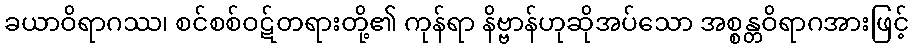
ခယာဝိရာဂဿ၊ စင်စစ်ဝဋ်တရားတို့၏ ကုန်ရာ နိဗ္ဗာန်ဟုဆိုအပ်သော အစ္စန္တဝိရာဂအားဖြင့်